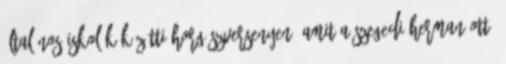
általános iskolák közötti horgászversenyen, amit a szegedi Herman Ottó